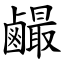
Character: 䴝